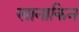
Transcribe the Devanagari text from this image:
खानाकिन